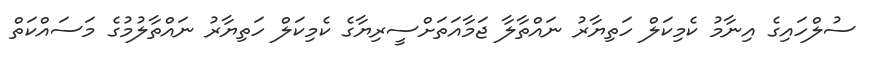
ސުލްހައިގެ އިނާމު ކެމިކަލް ހަތިޔާރު ނައްތާލާ ޖަމާއަތަށްސީރިޔާގެ ކެމިކަލް ހަތިޔާރު ނައްތާލުމުގެ މަސައްކަތް